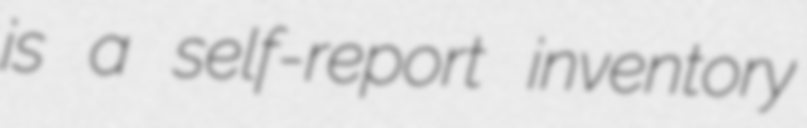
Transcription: is a self-report inventory